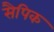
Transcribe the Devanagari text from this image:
सैपिक